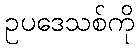
ဥပဒေသစ်ကို